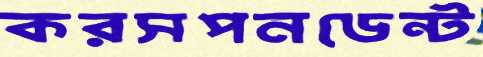
করসপনডেন্ট